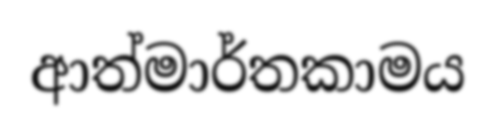
ආත්මාර්තකාමය